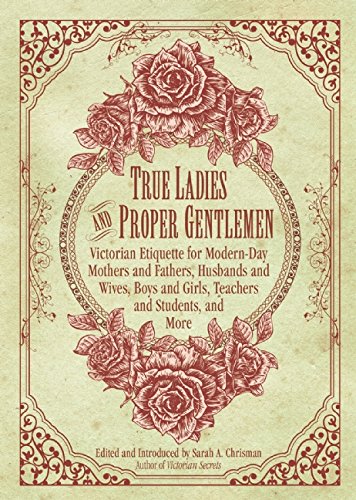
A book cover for True Ladies and Proper Gentlemen: Victorian Etiquette for Modern-Day Mothers and Fathers, Husbands and Wives, Boys and Girls, Teachers and Students, and More; Reference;